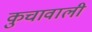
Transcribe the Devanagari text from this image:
कुचावाली